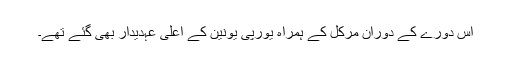
اس دورے کے دوران مرکل کے ہمراہ یورپی یونین کے اعلیٰ عہدیدار بھی گئے تھے۔